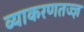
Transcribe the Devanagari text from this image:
व्याकरणतज्‍ज्ञ